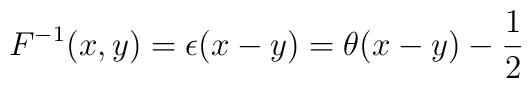
F^{-1}(x,y) = \epsilon(x-y) = \theta(x-y) - {1 \over 2}